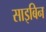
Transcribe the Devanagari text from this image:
साइबिन